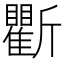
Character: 𣃖